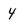
Character: 4